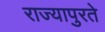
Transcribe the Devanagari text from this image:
राज्यापुरते